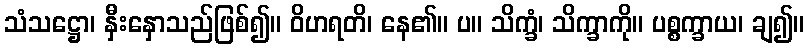
သံသဋ္ဌော၊ နှီးနှောသည်ဖြစ်၍။ ဝိဟရတိ၊ နေ၏။ ပ။ သိက္ခံ၊ သိက္ခာကို။ ပစ္စက္ခာယ၊ ချ၍။